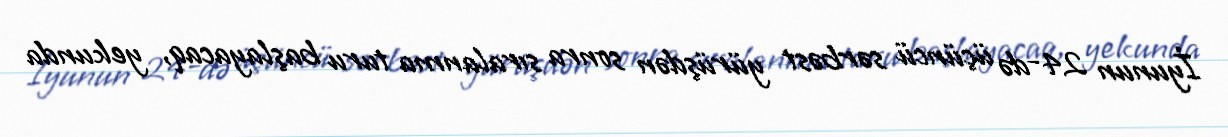
İyunun 24-də üçüncü sərbəst yürüşdən sonra sıralanma turu başlayacaq, yekunda